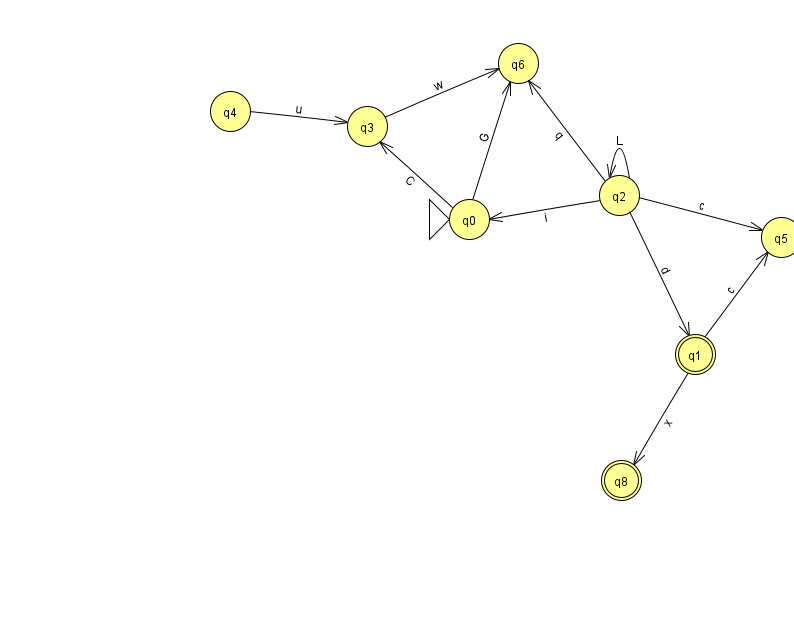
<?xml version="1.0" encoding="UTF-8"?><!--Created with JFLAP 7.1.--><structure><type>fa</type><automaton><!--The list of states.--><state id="0" name="q0"><x>469.0</x><y>206.0</y><initial/></state><state id="1" name="q1"><x>695.0</x><y>341.0</y><final/></state><state id="2" name="q2"><x>619.0</x><y>182.0</y></state><state id="3" name="q3"><x>367.0</x><y>113.0</y></state><state id="4" name="q4"><x>230.0</x><y>98.0</y></state><state id="5" name="q5"><x>781.0</x><y>224.0</y></state><state id="6" name="q6"><x>518.0</x><y>50.0</y></state><state id="8" name="q8"><x>621.0</x><y>467.0</y><final/></state><!--The list of transitions.--><transition><from>1</from><to>5</to><read>c</read></transition><transition><from>2</from><to>0</to><read>i</read></transition><transition><from>2</from><to>6</to><read>q</read></transition><transition><from>0</from><to>3</to><read>C</read></transition><transition><from>1</from><to>8</to><read>x</read></transition><transition><from>4</from><to>3</to><read>u</read></transition><transition><from>3</from><to>6</to><read>w</read></transition><transition><from>2</from><to>1</to><read>d</read></transition><transition><from>2</from><to>2</to><read>L</read></transition><transition><from>2</from><to>5</to><read>c</read></transition><transition><from>0</from><to>6</to><read>G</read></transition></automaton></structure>